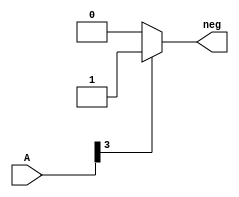
module signa(neg,A);
    input [0:3] A;
    output neg;
    reg neg;
    always @ (A)
        if (A[0] == 1)
            begin
                neg =1;
            end
        else
            neg =0;
endmodule

module compar(A,B,signA,signB,CMP1, CMP2,CMP3);
    input [0:3] A;
    input [0:3] B;
    output signA,signB,CMP1,CMP2,CMP3;
    reg CMP1,CMP2,CMP3;
    signa forA(signA,A);
    signa forB(signB,B);
    always @ (A or B or signA or signB)
        if(signA==1 && signB==0)
            begin
            CMP1 = 0;
            CMP2 = 0;
            CMP3 = 1;
            end
        else if(signA==0 && signB==1)
            begin
            CMP1 = 1;
            CMP2 = 0;
            CMP3 = 0;
            end
        else if (A > B )
            begin
            CMP1 = 1;
            CMP2 = 0;
            CMP3 = 0;
            end
        else if (A == B)
            begin
            CMP1 = 0;
            CMP2 = 1;
            CMP3 = 0;
            end
        else
            begin
            CMP1 = 0;
            CMP2 = 0;
            CMP3 = 1;
            end
endmodule

module testbench;
    reg Input,Clk;
    wire Out;
    reg [0:3] A;
    wire a,b,c,OutA,OutB,signA,signB,CMP1,CMP2,CMP3;
    reg [0:3] B;
    initial
        begin
        A=4'b0000;//input1
        B=4'b0000;//input2
        end
    initial
        begin
        #1 A=-8;B=-5;
        #1 A=2; B=7;
        #1 A=5; B=-1;
        end
    compar c1(A,B,signA,signB,CMP1,CMP2,CMP3); 
    initial
        begin
        $monitor($time," A=%b, B=%b AgrB=%b, AeqB=%b,AltB=%b",A,B,CMP1,CMP2,CMP3);
        end
    initial
        begin
        #5 $finish;
        end
endmodule